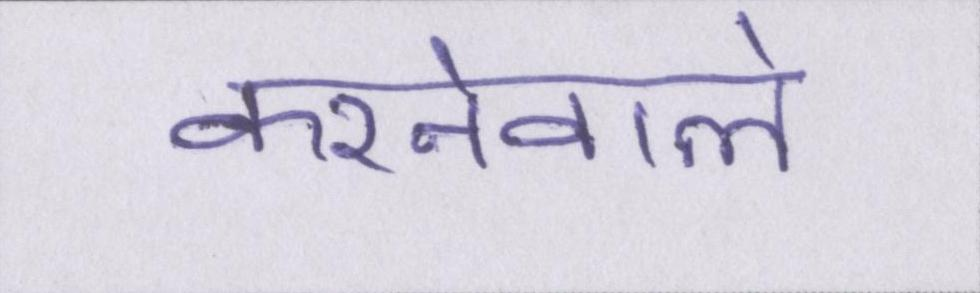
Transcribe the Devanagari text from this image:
करनेवाले